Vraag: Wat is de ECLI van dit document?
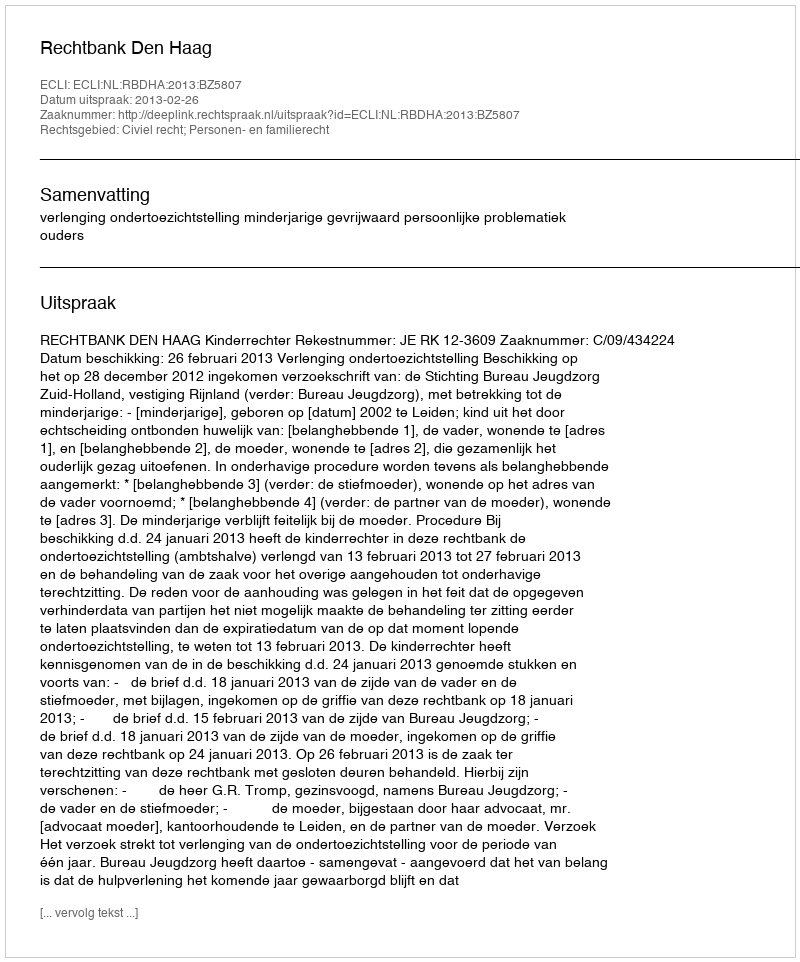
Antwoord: ECLI:NL:RBDHA:2013:BZ5807